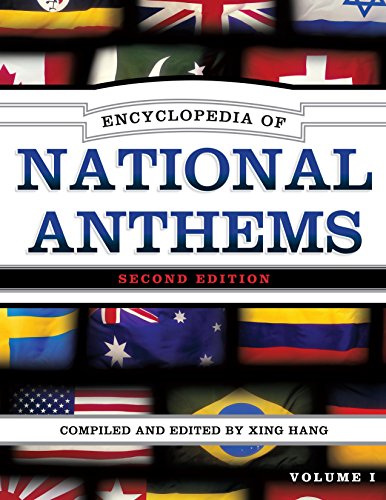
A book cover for Encyclopedia of National Anthems; Xing Hang; Reference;